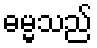
ဓမ္မသည်